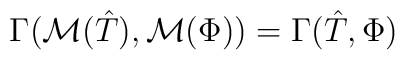
\Gamma(\mathcal{M}(\hat{T}),\mathcal{M}(\Phi)) = \Gamma(\hat{T},\Phi)